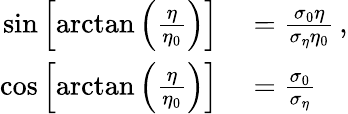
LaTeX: \begin{array}{rl}{\sin\left[\arctan\left(\frac{\eta}{\eta_{0}}\right)\right]}&{{}=\frac{\sigma_{0}\eta}{\sigma_{\eta}\eta_{0}}\, ,}\\ {\cos\left[\arctan\left(\frac{\eta}{\eta_{0}}\right)\right]}&{{}=\frac{\sigma_{0}}{\sigma_{\eta}}}\end{array}